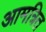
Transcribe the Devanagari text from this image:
आमत्रित